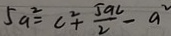
5 a ^ { 2 } = c ^ { 2 } + \frac { 5 a c } { 2 } - a ^ { 2 }